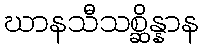
ဃာနသီသစ္ဆိန္နာန